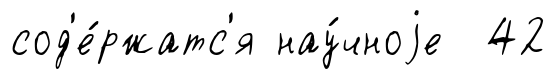
сод'е́ржатс'я нау́чноjе 42